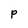
Character: P